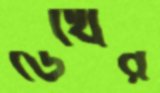
ডেথের